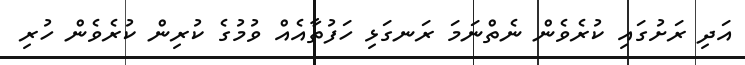
އަދި ރަށުގައި ކުރެވެން ނެތްނަމަ ރަނގަޅި ހަފުތާއެއް ވުމުގެ ކުރިން ކުރެވެން ހުރި